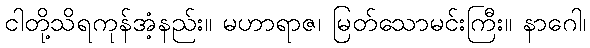
ငါတို့သိရကုန်အံ့နည်း။ မဟာရာဇ၊ မြတ်သောမင်းကြီး။ နာဂေါ၊